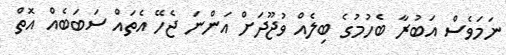
ނަމަވެސް އަބުރާ ބެހުމުގެ ބިލެއް ވުޖޫދަށް އަންނަ ޖެހޭ އެތައް ސަބަބެއް އޮތް